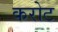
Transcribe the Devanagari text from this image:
करोट